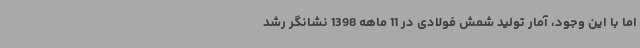
اما با این وجود، آمار تولید شمش فولادی در 11 ماهه 1398 نشانگر رشد